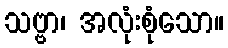
သဗ္ဗာ၊ အလုံးစုံသော။